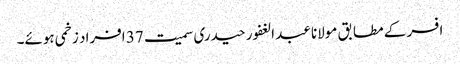
افسر کے مطابق مولانا عبد الغفور حیدری سمیت 37 افراد زخمی ہوئے۔